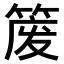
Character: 𫂈